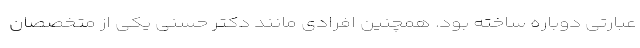
عبارتی دوباره ساخته بود. همچنین افرادی مانند دکتر حسنی یکی از متخصصان